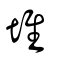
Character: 堆